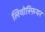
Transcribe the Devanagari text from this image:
लिथोस्फ़ियर